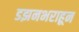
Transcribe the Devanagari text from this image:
डझनभराहून